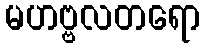
မဟဗ္ဗလတရော